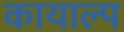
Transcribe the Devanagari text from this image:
कायाल्प